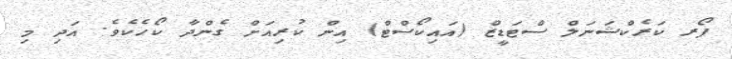
ފޯރ ކަރެކްޝަނަލް ސްޓަޑީޒް (އައިކޯސްޓް) އިން ކުރިއަށް ގެންދާ ކޯހެކެވެ. އަދި މި